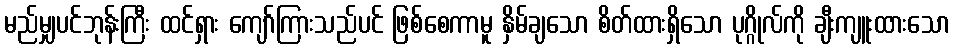
မည်မျှပင်ဘုန်းကြီး ထင်ရှား ကျော်ကြားသည်ပင် ဖြစ်စေကာမူ နှိမ်ချသော စိတ်ထားရှိသော ပုဂ္ဂိုလ်ကို ချီးကျူးထားသော